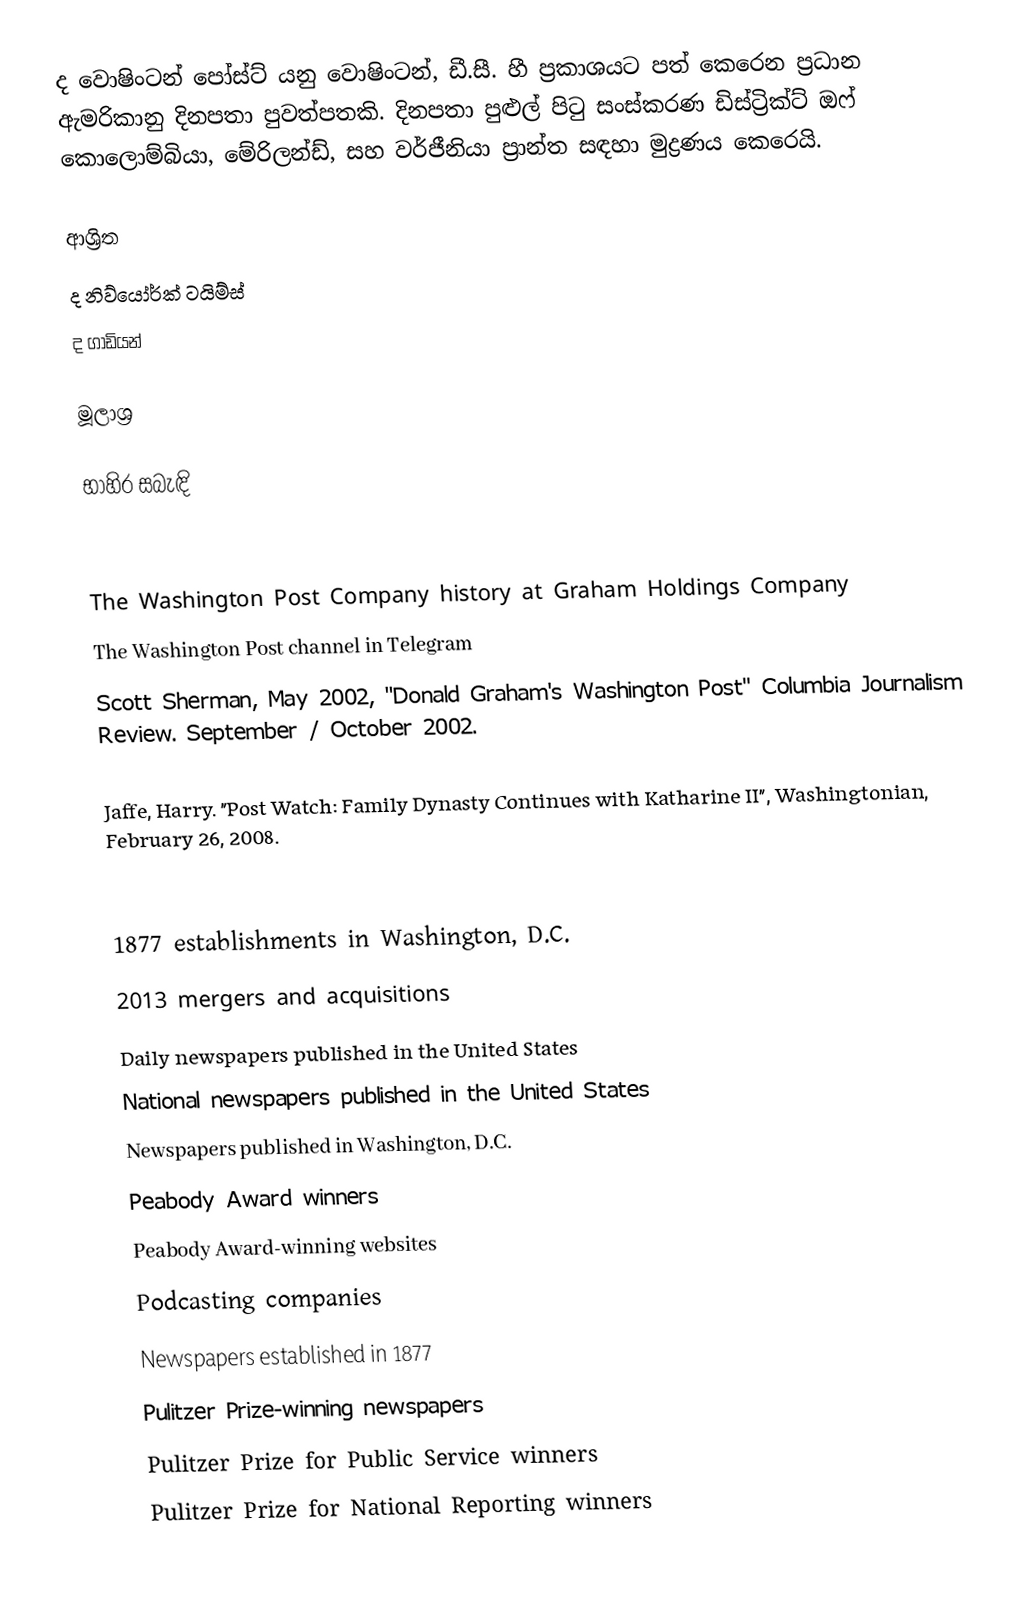
ද වොෂිංටන් පෝස්ට් යනු වොෂිංටන්, ඩී.සී. හී ප්‍රකාශයට පත් කෙරෙන ප්‍රධාන ඇමරිකානු දිනපතා පුවත්පතකි.  දිනපතා පුළුල් පිටු සංස්කරණ ඩිස්ට්‍රික්ට් ඔෆ් කොලොම්බියා, මේරිලන්ඩ්, සහ වර්ජීනියා ප්‍රාන්ත සඳහා මුද්‍රණය කෙරෙයි.

ආශ්‍රිත
 ද නිව්යෝර්ක් ටයිම්ස්
 ද ගාඩියන්

මූලාශ්‍ර

භාහිර සබැඳි

 The Washington Post Company history at Graham Holdings Company
 The Washington Post channel in Telegram
 Scott Sherman, May 2002, "Donald Graham's Washington Post" Columbia Journalism Review. September / October 2002.

 Jaffe, Harry. "Post Watch: Family Dynasty Continues with Katharine II", Washingtonian, February 26, 2008.

1877 establishments in Washington, D.C.
2013 mergers and acquisitions
Daily newspapers published in the United States
National newspapers published in the United States
Newspapers published in Washington, D.C.
Peabody Award winners
Peabody Award-winning websites
Podcasting companies
Newspapers established in 1877
Pulitzer Prize-winning newspapers
Pulitzer Prize for Public Service winners
Pulitzer Prize for National Reporting winners